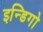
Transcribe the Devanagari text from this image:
इन्डिगो